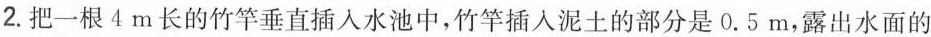
2.把一根4m长的竹竿垂直插入水池中，竹竿插入泥土的部分是0.5m，露出水面的